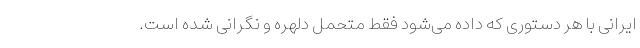
ایرانی با هر دستوری که داده می‌شود فقط متحمل دلهره و نگرانی شده است.